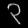
Digit: ၃